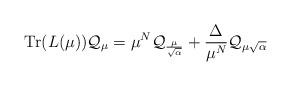
LaTeX: \begin{align*}\textrm{Tr}(L(\mu))\mathcal{Q}_\mu=\mu^N\mathcal{Q}_{\frac{\mu}{\sqrt{\alpha}}}+\frac{\Delta}{\mu^N}\mathcal{Q}_{\mu\sqrt{\alpha}}\end{align*}